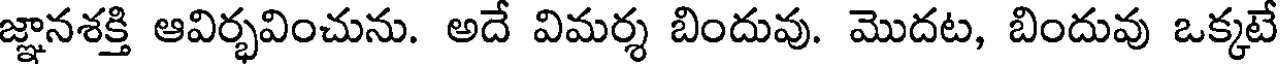
జ్ఞానశక్తి ఆవిర్భవించును. అదే విమర్శ బిందువు. మొదట, బిందువు ఒక్కటే